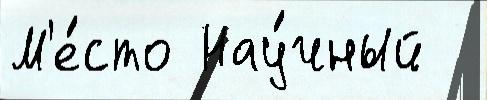
М'е́сто Нау́чный